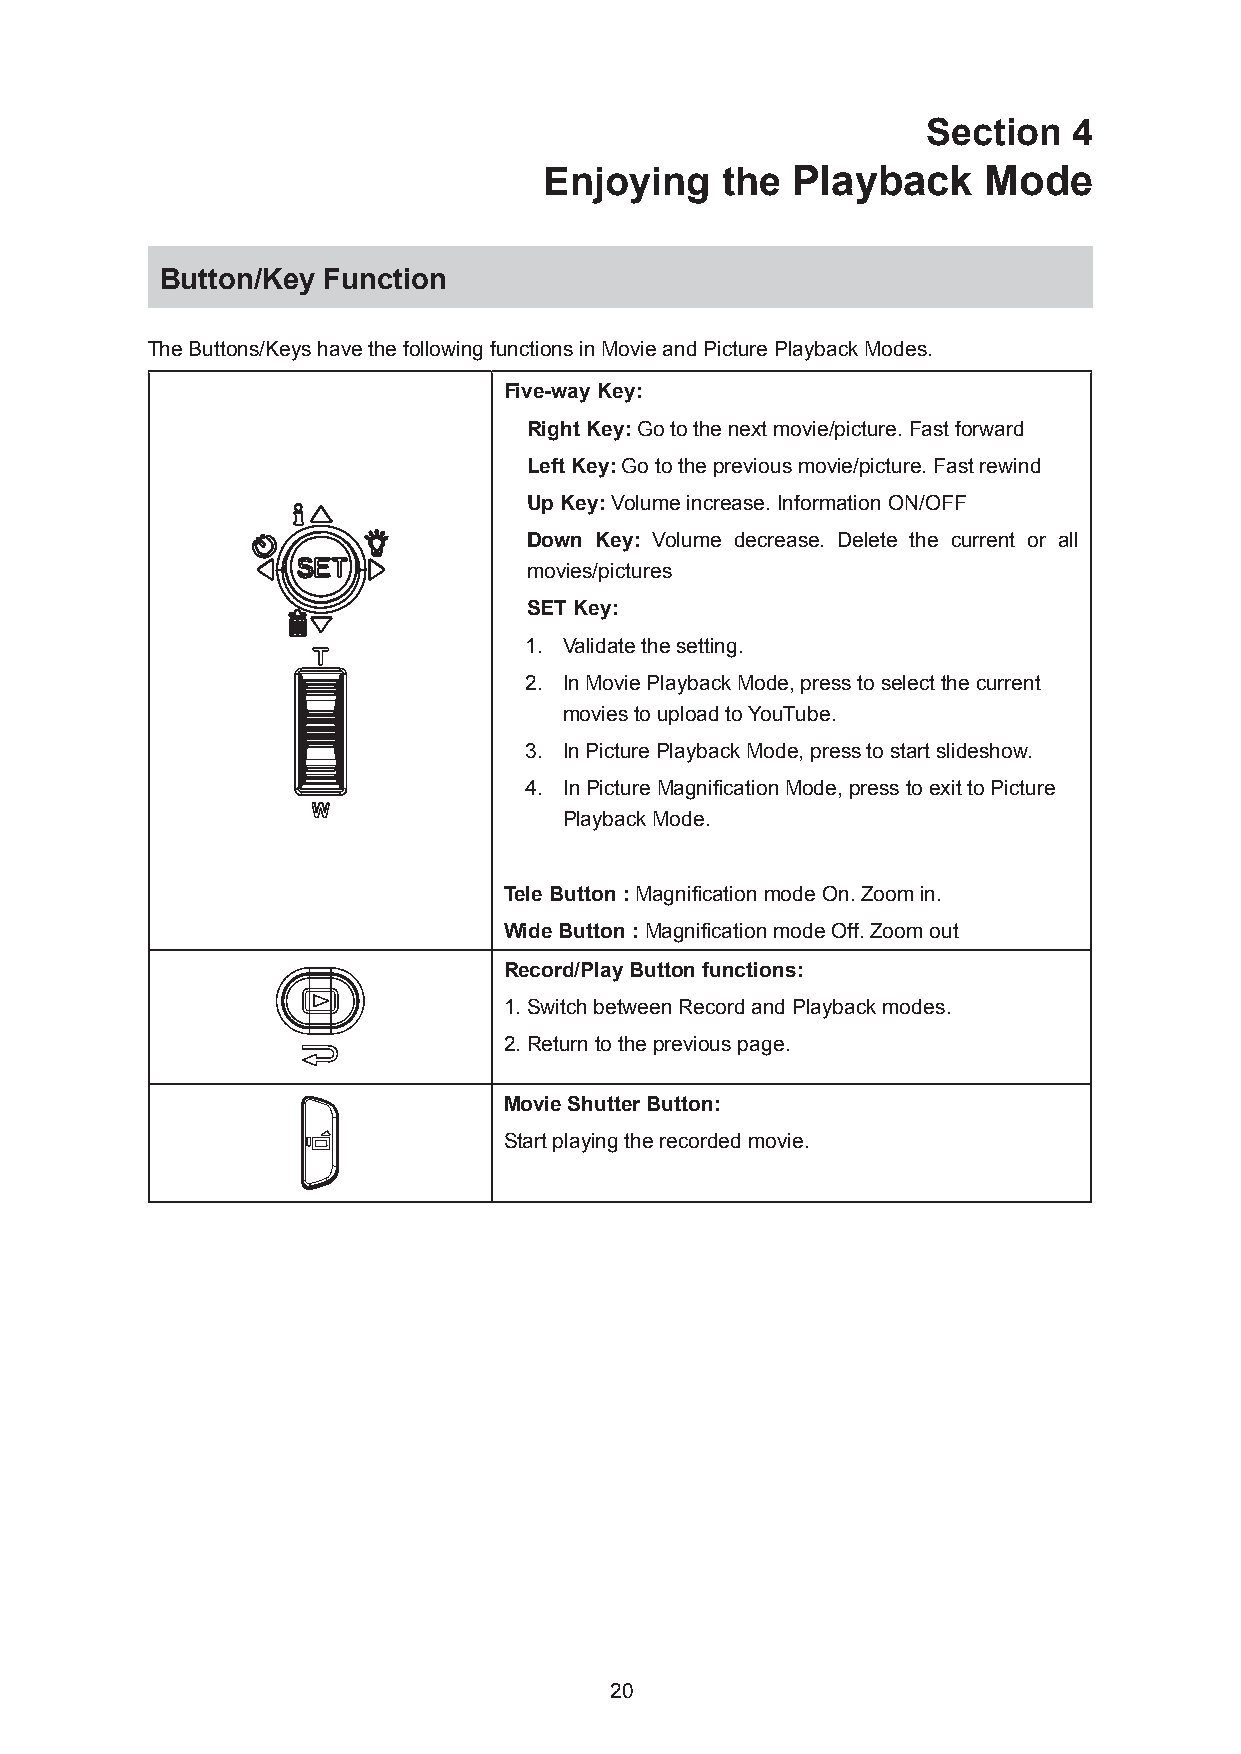
Section   4
 Enjoying    the Playback     Mode
 Button/Key Function
 The Buttons/Keys have the following functions in Movie and Picture Playback Modes.
 Five-way Key:
 Right Key: Go to the next movie/picture. Fast forward
 Left Key: Go to the previous movie/picture. Fast rewind
 Up Key: Volume increase. Information ON/OFF
 Down Key: Volume decrease. Delete the current or all
 movies/pictures
 SET Key:
 1. Validate the setting.
 2. In Movie Playback Mode, press to select the current
 movies to upload to YouTube.
 3. In Picture Playback Mode, press to start slideshow.
 4. In Picture Magnification Mode, press to exit to Picture
 Playback Mode.
 Tele Button : Magnification mode On. Zoom in.
 Wide Button : Magnification mode Off. Zoom out
 Record/Play Button functions:
 1. Switch between Record and Playback modes.
 2. Return to the previous page.
 Movie Shutter Button:
 Start playing the recorded movie.
 20